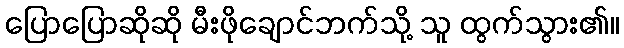
ပြောပြောဆိုဆို မီးဖိုချောင်ဘက်သို့ သူ ထွက်သွား၏။